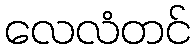
လေလံတင်